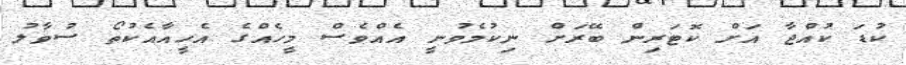
ކުޑަ ކުއްޖާ އަށް ކޮޓަރިން ބޭރަށް ނިކުމެވުނީ އެއްވެސް މީހެއްގެ އެހީއާއެކުތޯ ސުވާލު